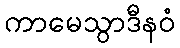
ကာမေသွာဒီနဝံ